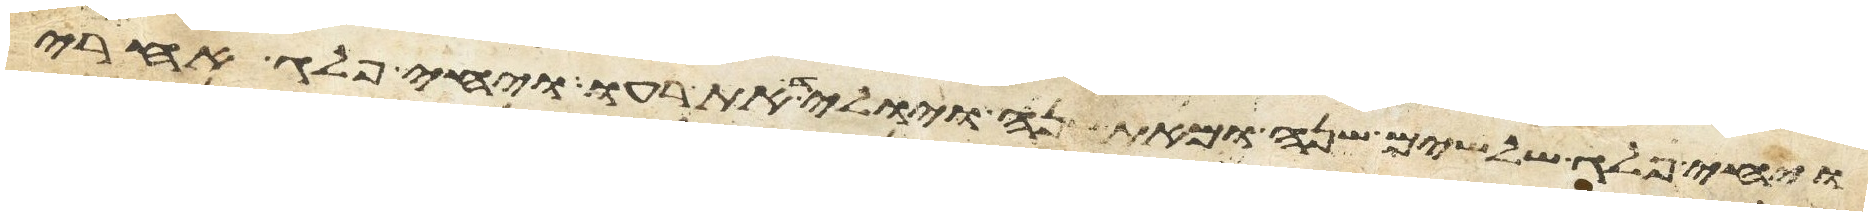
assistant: ויחי פלג שלשים שנה ומאת שנה ויוליד את רעו ויחי פלג אחרי